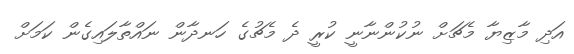
އަދި މާޒިޔާ މެޗަށް ނުކުންނާނީ ކުރީ ދެ މެޗުގެ ހަނދާން ނައްތާލައިގެން ކަމަށް